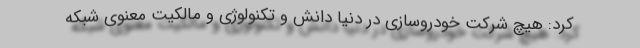
کرد: هیچ شرکت خودروسازی در دنیا دانش و تکنولوژی و مالکیت معنوی شبکه